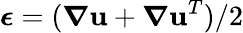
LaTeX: \boldsymbol{\epsilon}=(\boldsymbol{\nabla}\mathbf{u}+\boldsymbol{\nabla}\mathbf{u}^{T})/2